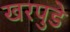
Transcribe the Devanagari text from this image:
खरपुडे